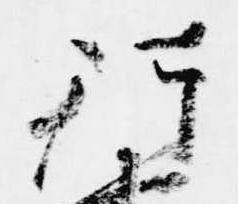
行